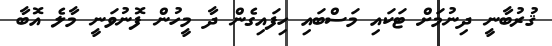
ޤުރުބާނީ ދިނުމަށް ޓަކައި މަސްބައި ހިފައިގެން ދާ މީހުން ފޮނުވަނީ މާލެ އޮބާ